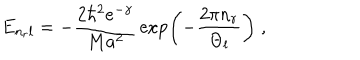
E _ { n _ { r } l } = - \frac { 2 \hbar ^ { 2 } e ^ { - \gamma } } { M a ^ { 2 } } \, \exp \left( - \frac { 2 \pi n _ { r } } { \Theta _ { l } } \right) \; ,